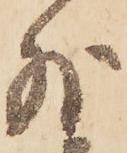
外